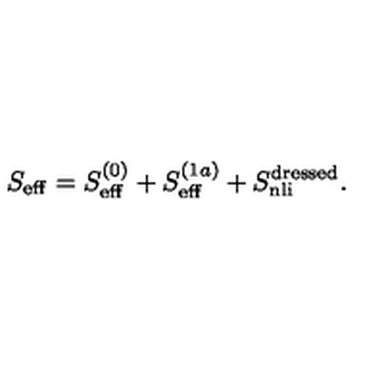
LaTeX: S _ { \mathrm { e f f } } = S _ { \mathrm { e f f } } ^ { ( 0 ) } + S _ { \mathrm { e f f } } ^ { ( 1 a ) } + S _ { \mathrm { n l i } } ^ { \mathrm { d r e s s e d } } .